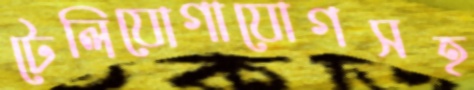
টেলিযোগাযোগসহ